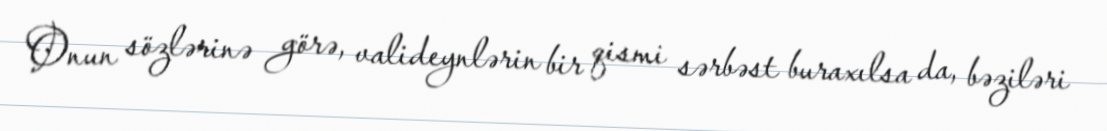
Onun sözlərinə görə, valideynlərin bir qismi sərbəst buraxılsa da, bəziləri